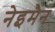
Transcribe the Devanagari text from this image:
नेइमैन